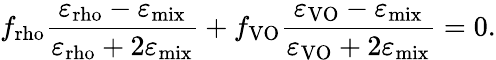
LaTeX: f_{\mathrm{rho}}\frac{\varepsilon_{\mathrm{rho}}-\varepsilon_{\mathrm{mix}}}{\varepsilon_{\mathrm{rho}}+2\varepsilon_{\mathrm{mix}}}+f_{\mathrm{VO}}\frac{\varepsilon_{\mathrm{VO}}-\varepsilon_{\mathrm{mix}}}{\varepsilon_{\mathrm{VO}}+2\varepsilon_{\mathrm{mix}}}=0.